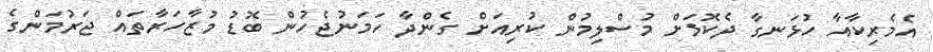
އެމެރިކާއާ ހުޅަނގާ ދެކޮޅަށް މުސްލިމުން ކުރިއަށް ގެންދާ ހަމަނުޖެހުން ބޮޑު މުޒާހަރާތައް ޖަރުމަންގެ